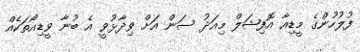
ފުލުހުންގެ މީޑިއާ އޮފިޝަލް މިއަދު ސަން އަށް ވިދާޅުވީ އެ ބުނާ ވީޑިއޯތަކެއް